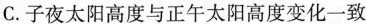
C.子夜太阳高度与正午太阳高度变化一致